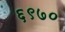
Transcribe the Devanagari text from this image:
६९७०